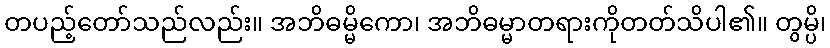
တပည့်တော်သည်လည်း။ အဘိဓမ္မိကော၊ အဘိဓမ္မာတရားကိုတတ်သိပါ၏။ တွမ္ပိ၊